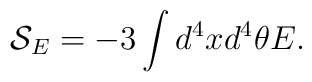
{\mathcal{S}}_{E}=-3\int{d^{4}xd^{4}\theta E}.